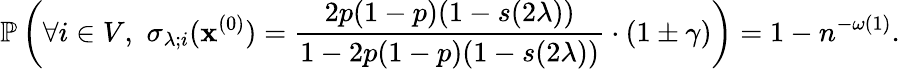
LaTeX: \mathbb{P}\left(\forall i\in V,\, \, \sigma_{\lambda;i}(\mathbf{x}^{(0)})=\frac{2p(1-p)(1-{s(2\lambda)})}{1-2p(1-p)(1-{s(2\lambda)})}\cdot(1\pm\gamma)\right)=1-n^{-\omega(1)}.